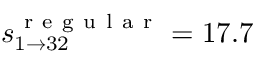
s _ { 1 \rightarrow 3 2 } ^ { \mathrm { ~ r ~ e ~ g ~ u ~ l ~ a ~ r ~ } } = 1 7 . 7